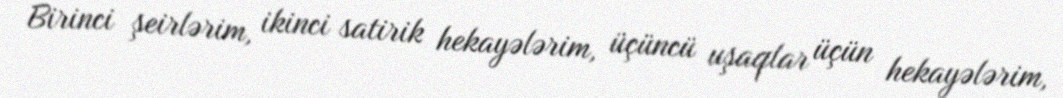
Birinci şeirlərim, ikinci satirik hekayələrim, üçüncü uşaqlar üçün hekayələrim,